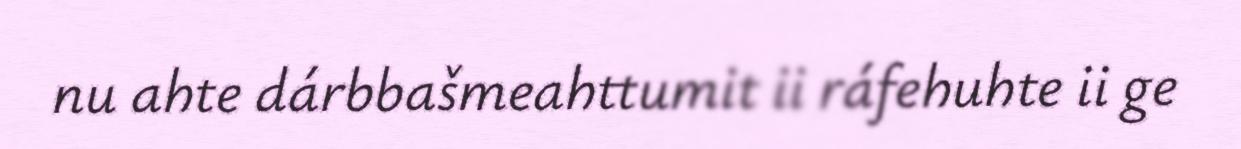
nu ahte dárbbašmeahttumit ii ráfehuhte ii ge